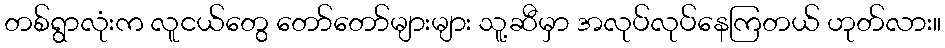
တစ်ရွာလုံးက လူငယ်တွေ တော်တော်များများ သူ့ဆီမှာ အလုပ်လုပ်နေကြတယ် ဟုတ်လား။